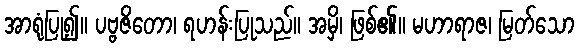
အာရုံပြု၍။ ပဗ္ဗဇိတော၊ ရဟန်းပြုသည်။ အမှိ၊ ဖြစ်၏။ မဟာရာဇ၊ မြတ်သော